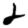
Digit: 2